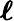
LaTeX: \boldsymbol{\ell}